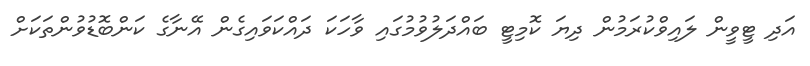
އަދި ޓީވީން ލައިވްކުރަމުން ދިޔަ ކޮމިޓީ ބައްދަލުވުމުގައި ވާހަކަ ދައްކަވައިގެން އޭނާގެ ކަންބޮޑުވުންތަކަށް